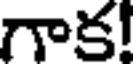
గాక!